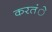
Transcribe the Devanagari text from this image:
करतंे